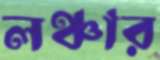
লঞ্চার